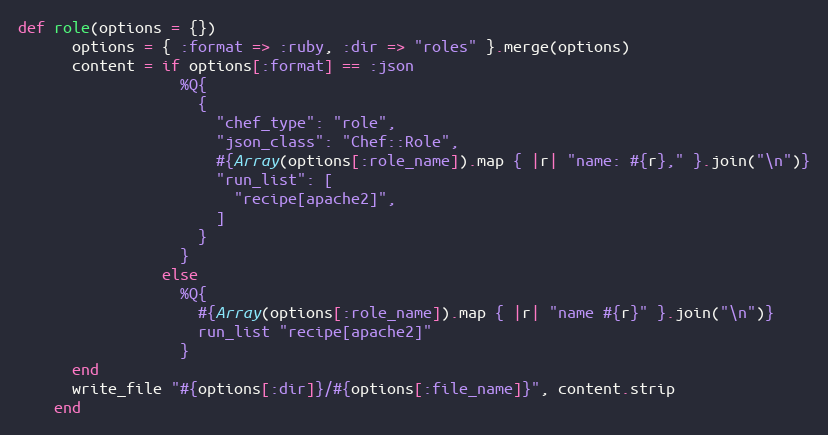
Language: Ruby
def role(options = {})
      options = { :format => :ruby, :dir => "roles" }.merge(options)
      content = if options[:format] == :json
                  %Q{
                    {
                      "chef_type": "role",
                      "json_class": "Chef::Role",
                      #{Array(options[:role_name]).map { |r| "name: #{r}," }.join("\n")}
                      "run_list": [
                        "recipe[apache2]",
                      ]
                    }
                  }
                else
                  %Q{
                    #{Array(options[:role_name]).map { |r| "name #{r}" }.join("\n")}
                    run_list "recipe[apache2]"
                  }
      end
      write_file "#{options[:dir]}/#{options[:file_name]}", content.strip
    end